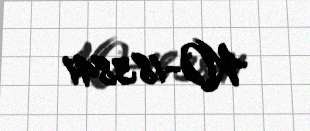
KO-183841